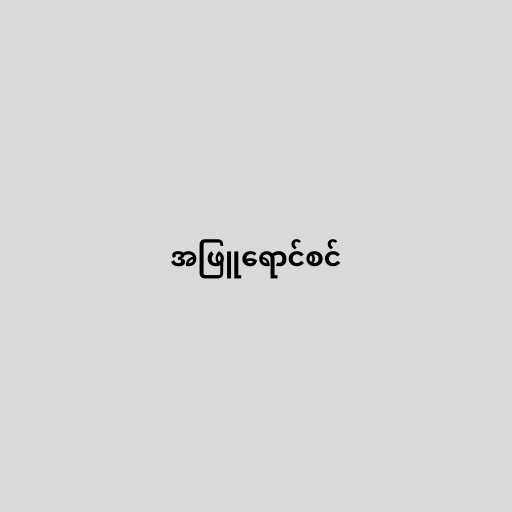
အဖြူရောင်စင်